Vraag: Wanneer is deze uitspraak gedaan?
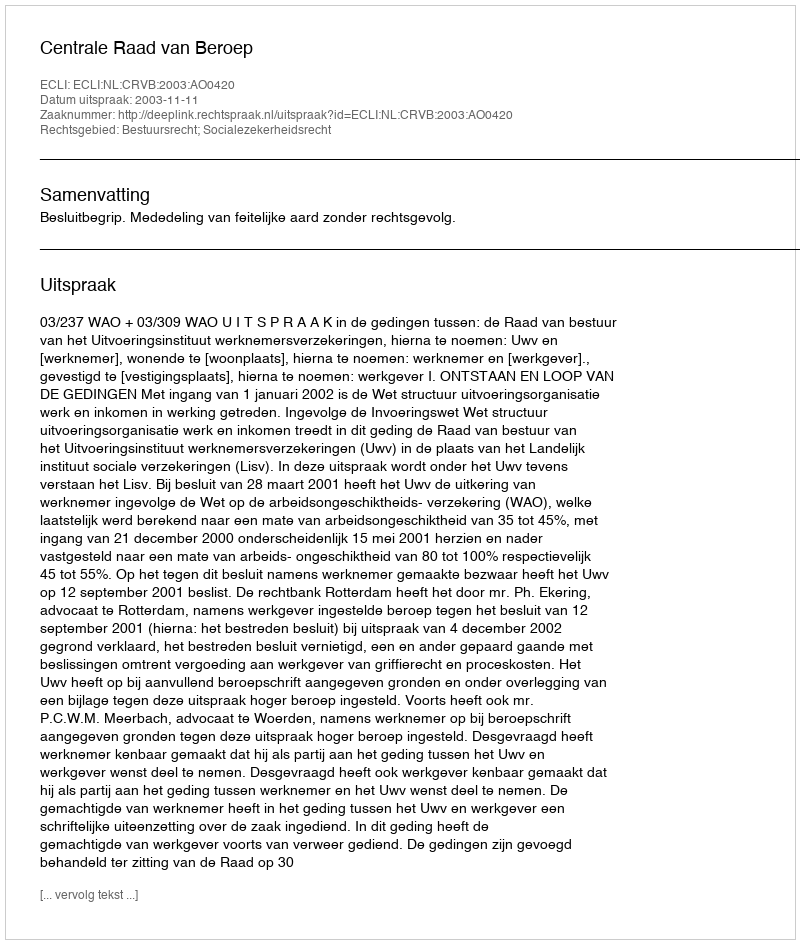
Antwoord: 2003-11-11